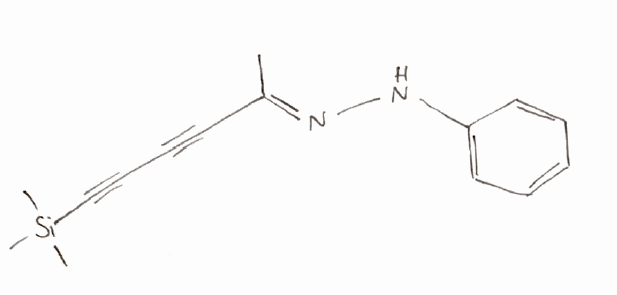
Simplified molecular-input line-entry system (SMILES) notation of the given molecule:
C/C(=N\NC1=CC=CC=C1)/C#CC#C[Si](C)(C)C